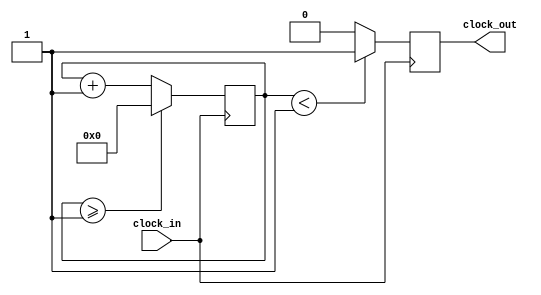
`timescale 1ns / 1ps
//////////////////////////////////////////////////////////////////////////////////
// Company: 
// Engineer: 
// 
// Design Name: 
// Module Name: Clock_Divider
// Project Name: 
// Target Devices: 
// Tool Versions: 
// Description: 
// 
// Dependencies: 
// 
// Revision:
// Revision 0.01 - File Created
// Additional Comments:
// 
//////////////////////////////////////////////////////////////////////////////////


module Clock_Divider(clock_in,clock_out);
input clock_in;
output reg clock_out;
reg[27:0] counter=28'd0;
parameter DIVISOR = 28'd2;

always @(posedge clock_in)
begin
 counter <= counter + 28'd1;
 if(counter>=(DIVISOR-1))
  counter <= 28'd0;
 clock_out <= (counter<DIVISOR/2)?1'b1:1'b0;
end
endmodule